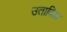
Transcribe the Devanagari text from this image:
उताविळ